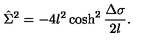
\hat { \Sigma } ^ { 2 } = - 4 l ^ { 2 } \cosh ^ { 2 } { \frac { \Delta \sigma } { 2 l } } .